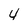
Character: 4